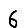
Digit: 6